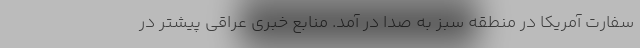
سفارت آمریکا در منطقه سبز به صدا در آمد. منابع خبری عراقی پیشتر در